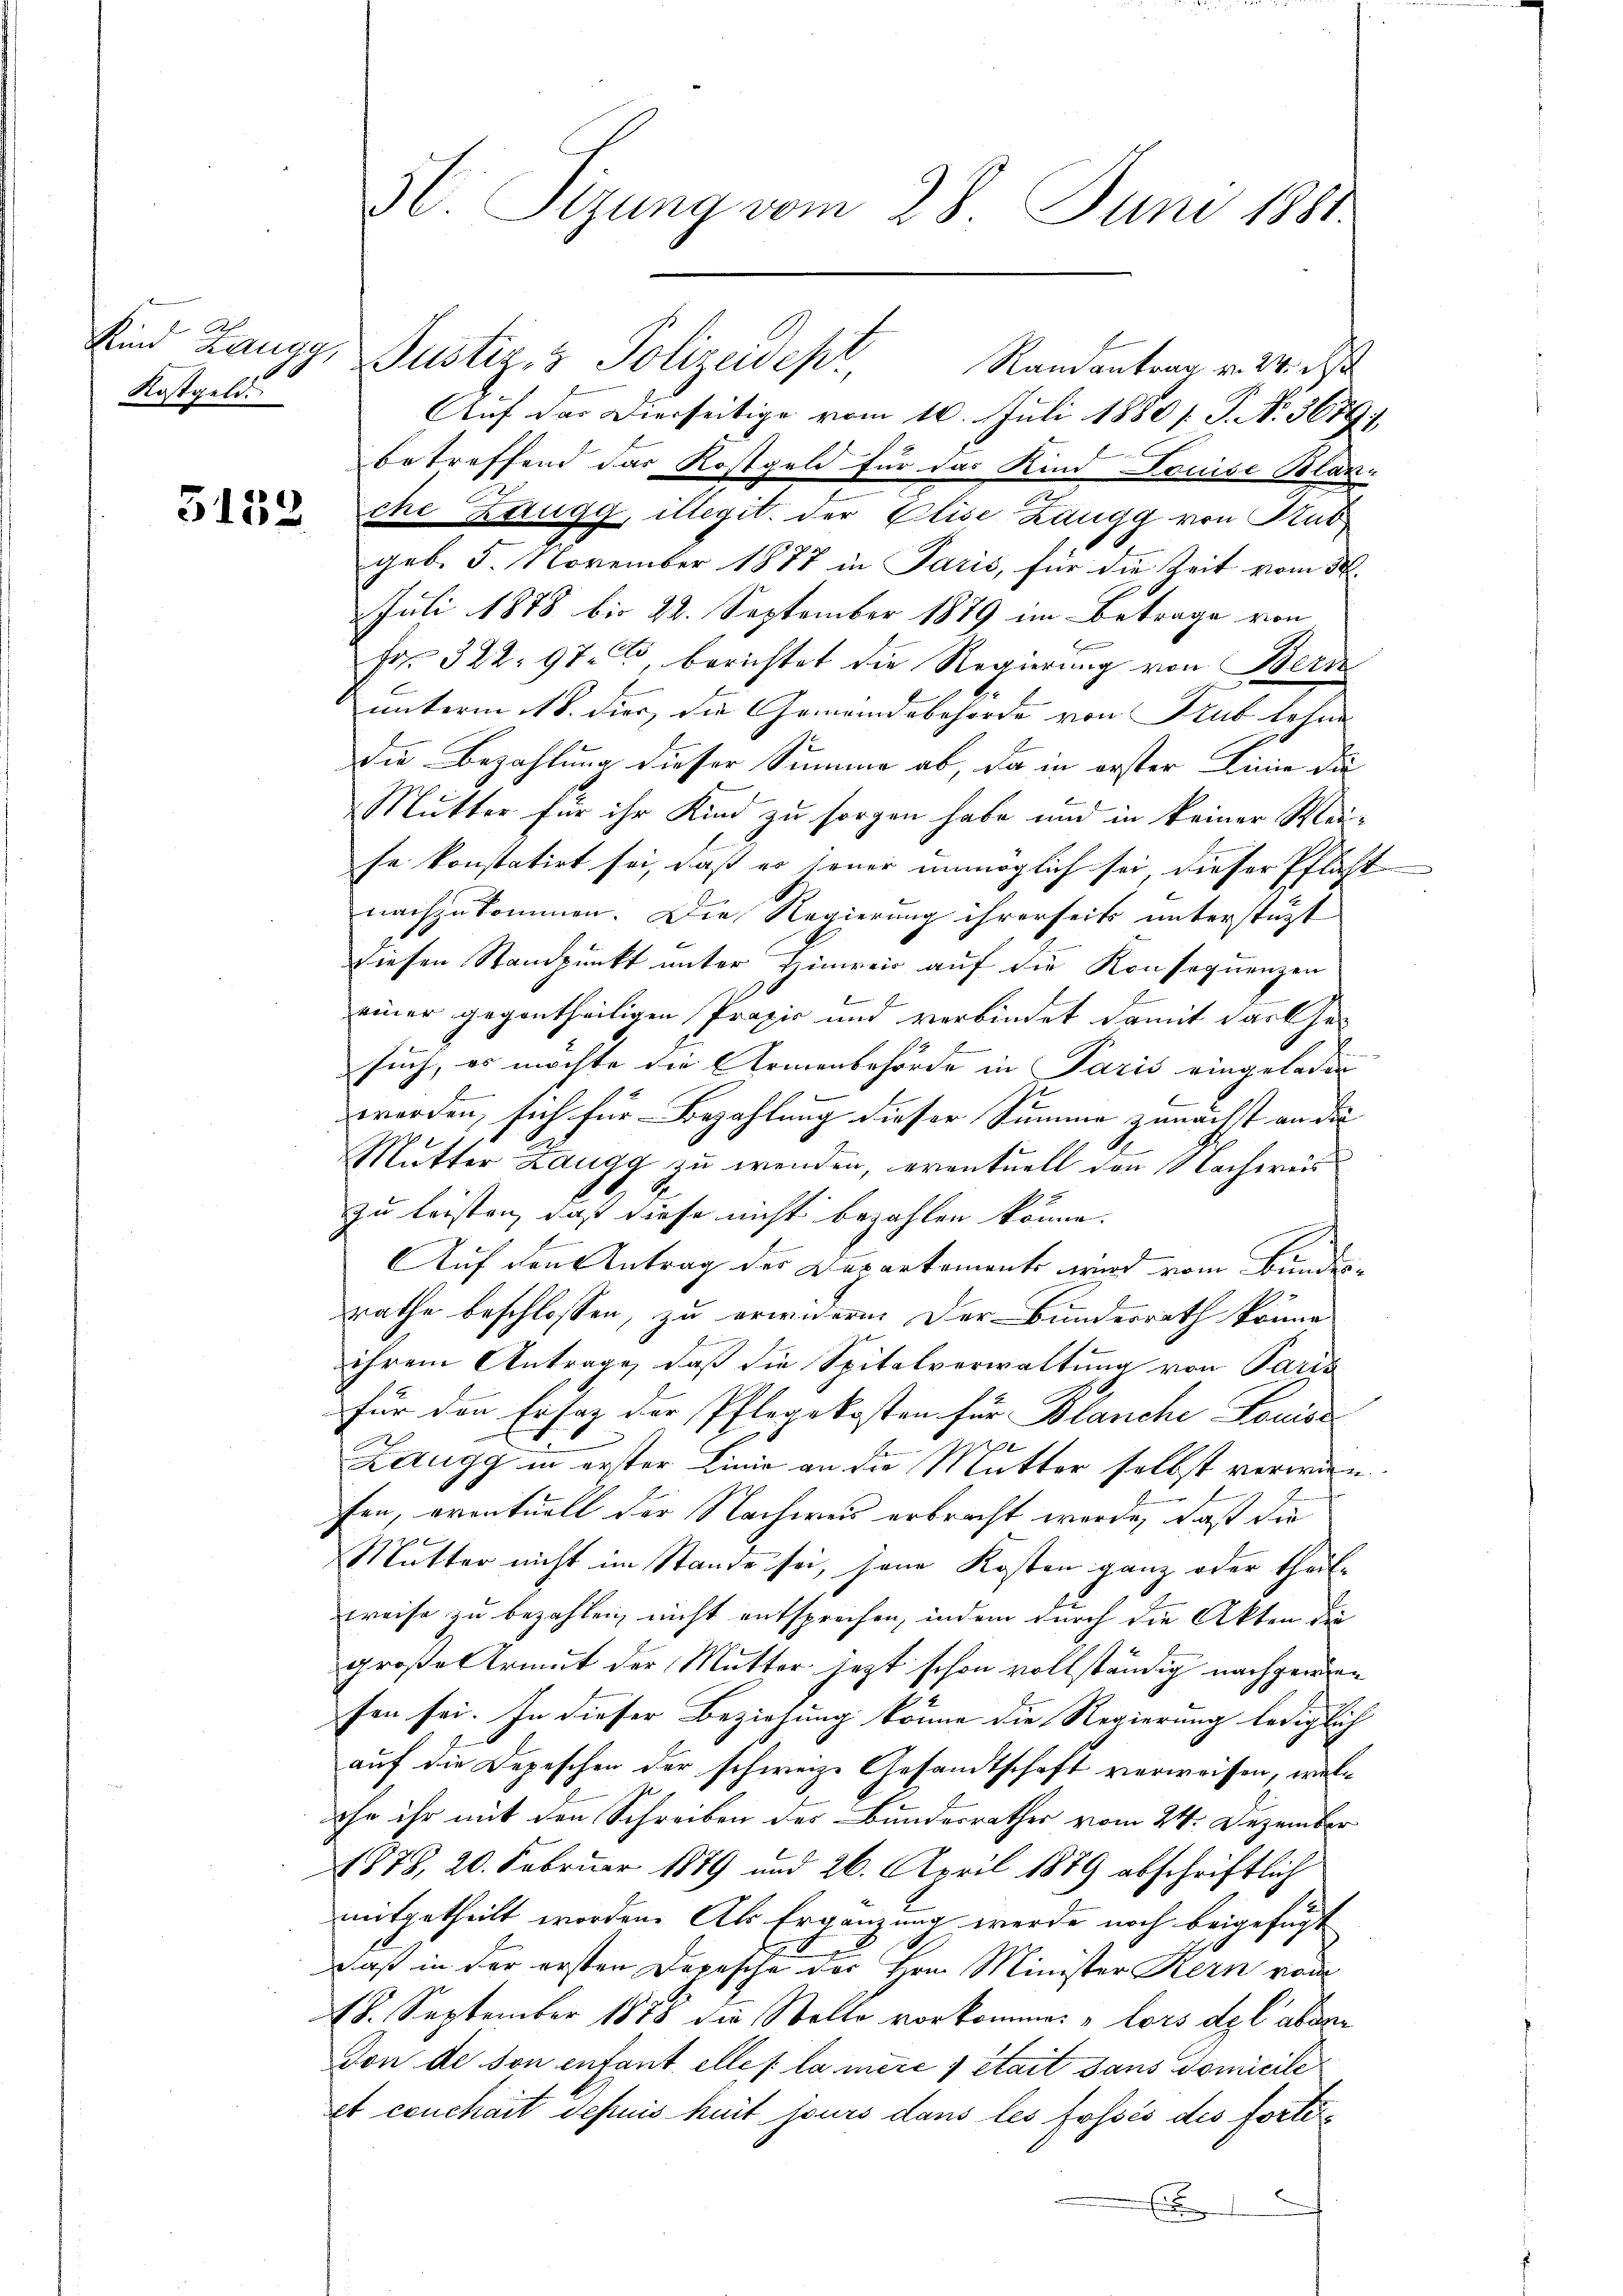
Kostgeld.

Kind Zangg, Justiz- & Polizeidept, Randantrag v. M. d
Auf der Dierseitige vom 10. Juli 1880 / P. No. 3679/
betreffend das Kostgeld für das Kind Louise Blän-
 che Zaugg, illegit. der Elise Zangg von Kub
geb. 5. November 1877 in Paris, für die Zeit vom 30.
Juli 1878 bis 22. September 1879 im Betrage von
Fr. 322: 97, berichtet die Regierung von Bern
unterm 11t. dies, die Gemeindebehörde von Stub lehne
die Bezahlung dieser Summe ab, da in erster Linie da
Mutter für ihr Kind zu sorgen habe und in keiner Meise konstatirt sei, daß es jener unmöglich sei, dieser Pflicht
nachzukommen. Die Regierung ihrerseits unterstüzt
diesen Standpunkt unter Hinreis auf die Konsequenzen
einer gegentheiligen Praxis und verbindet damit das Ge-
such, es möchte die Armenbehörde in Paris eingeladen
werden, sich für Bezahlung dieser Summe zunächst an die |
Mutter Langg zu wenden, eventuell den Nachweis
zu leisten, daß diese nicht bezahlen könne.
Auf den Antrag der Departements wird vom Bundesrathe beschlossen, zu erwideren. Der Bundesrath könne
ihrem Antrage, daß die Spitalverwaltung von Paris
für den Ersatz der Pflegekosten für Blanche Louise
e
I
Zaugg in erster Linie an die Mutter selbst verwinfen, eventuell der Nachweis erbracht werde, daß die
Mutter nicht im Stande sei, jene Kosten ganz oder theil-
Kreise zu bezahlen, nicht entsprechen, indem durch die Akten der
große Armut der Mutter jezt schon vollständig nachgewiefen sei. In dieser Beziehung könne die Regierung lediglich
auf die Depeschen der schweiz. Gesandtschaft verweisen, welohn ihr mit den Schreiben des Bundesrathes vom 24. Dezember
4878, 20. Februar 1879 und 26. April 1889 abschriftlich
mitgetheilt worden. Als Ergänzung werde noch beigefügt
Daß in der ersten Depesche der Hrn. Minister Kern vom
18. September 1888 die Stelle vorkommen, lors de l'absen
Von de son enfant elles la mère y était sans Domicile
et ceuchait depuis heit jours dans les fossés des fortei¬
E

96. Sizung vom 28. Juni 1881.